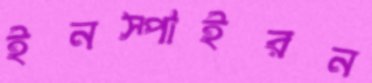
ইনস্পাইরন